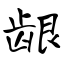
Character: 龈